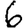
Digit: 6